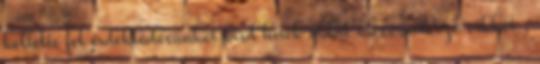
keltette fel érdeklődésünket lásd hírek oldal idevonatkozó cikkét ,